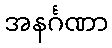
အနင်္ဂဏာ